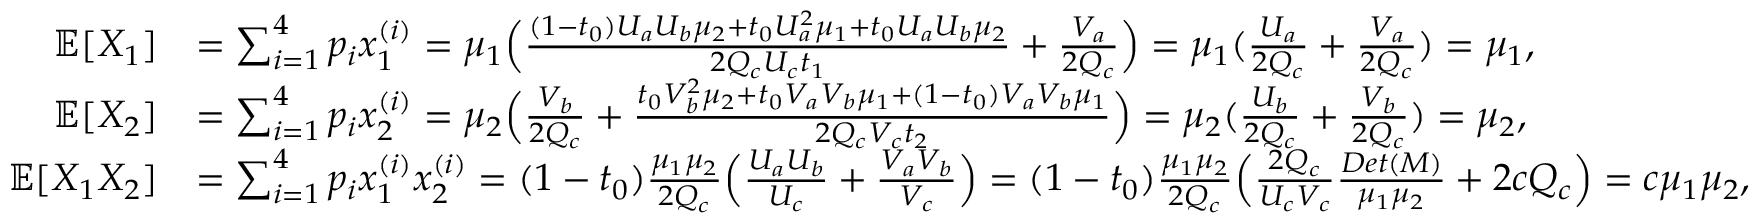
\begin{array} { r l } { \mathbb { E } [ X _ { 1 } ] } & { = \sum _ { i = 1 } ^ { 4 } p _ { i } x _ { 1 } ^ { ( i ) } = \mu _ { 1 } \Big ( \frac { ( 1 - t _ { 0 } ) U _ { a } U _ { b } \mu _ { 2 } + t _ { 0 } U _ { a } ^ { 2 } \mu _ { 1 } + t _ { 0 } U _ { a } U _ { b } \mu _ { 2 } } { 2 Q _ { c } U _ { c } t _ { 1 } } + \frac { V _ { a } } { 2 Q _ { c } } \Big ) = \mu _ { 1 } ( \frac { U _ { a } } { 2 Q _ { c } } + \frac { V _ { a } } { 2 Q _ { c } } ) = \mu _ { 1 } , } \\ { \mathbb { E } [ X _ { 2 } ] } & { = \sum _ { i = 1 } ^ { 4 } p _ { i } x _ { 2 } ^ { ( i ) } = \mu _ { 2 } \Big ( \frac { V _ { b } } { 2 Q _ { c } } + \frac { t _ { 0 } V _ { b } ^ { 2 } \mu _ { 2 } + t _ { 0 } V _ { a } V _ { b } \mu _ { 1 } + ( 1 - t _ { 0 } ) V _ { a } V _ { b } \mu _ { 1 } } { 2 Q _ { c } V _ { c } t _ { 2 } } \Big ) = \mu _ { 2 } ( \frac { U _ { b } } { 2 Q _ { c } } + \frac { V _ { b } } { 2 Q _ { c } } ) = \mu _ { 2 } , } \\ { \mathbb { E } [ X _ { 1 } X _ { 2 } ] } & { = \sum _ { i = 1 } ^ { 4 } p _ { i } x _ { 1 } ^ { ( i ) } x _ { 2 } ^ { ( i ) } = ( 1 - t _ { 0 } ) \frac { \mu _ { 1 } \mu _ { 2 } } { 2 Q _ { c } } \Big ( \frac { U _ { a } U _ { b } } { U _ { c } } + \frac { V _ { a } V _ { b } } { V _ { c } } \Big ) = ( 1 - t _ { 0 } ) \frac { \mu _ { 1 } \mu _ { 2 } } { 2 Q _ { c } } \Big ( \frac { 2 Q _ { c } } { U _ { c } V _ { c } } \frac { D e t ( M ) } { \mu _ { 1 } \mu _ { 2 } } + 2 c Q _ { c } \Big ) = c \mu _ { 1 } \mu _ { 2 } , } \end{array}